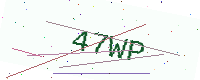
Text: 47WP